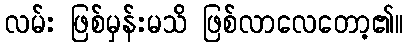
လမ်း ဖြစ်မှန်းမသိ ဖြစ်လာလေတော့၏။